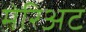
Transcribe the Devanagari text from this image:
मेरिअट